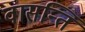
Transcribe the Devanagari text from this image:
वासन्ति